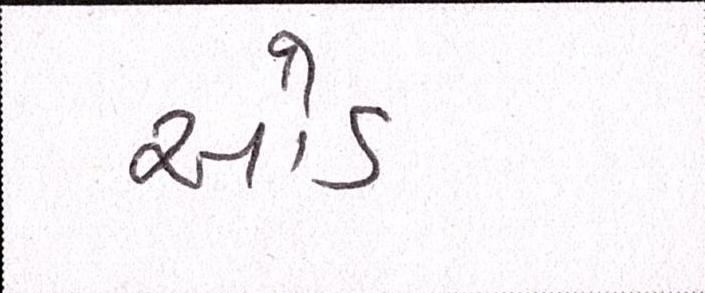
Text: ઓડ